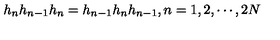
h _ { n } h _ { n - 1 } h _ { n } = h _ { n - 1 } h _ { n } h _ { n - 1 } , n = 1 , 2 , \cdots , 2 N